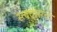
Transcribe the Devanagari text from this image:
स्त्वदासक्तं